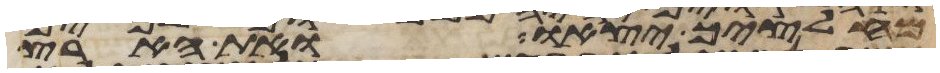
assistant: מחלציך יצאו ואת הארץ